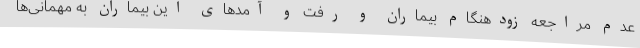
عدم مراجعه زودهنگام بیماران و رفت و آمدهای این بیماران به مهمانی‌ها